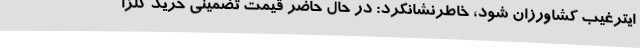
ایترغیب کشاورزان شود، خاطرنشانکرد: در حال حاضر قیمت تضمینی خرید کلزا